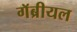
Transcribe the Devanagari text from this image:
गॅब्रीयल